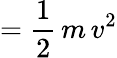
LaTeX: =\frac{1}{2}\, m\, v^{2}